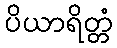
ပိယာရိတ္တံ